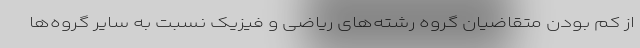
از کم بودن متقاضیان گروه رشته‌های ریاضی و فیزیک نسبت به سایر گروه‌ها